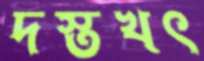
দস্তখৎ